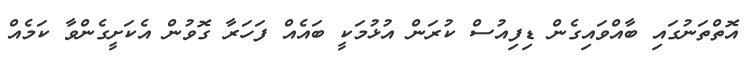
އޮތްތަނުގައި ބާއްވައިގެން ޑިފިއުސް ކުރަން އުޅުމަކީ ބައެއް ފަހަރާ ގޮވުން އެކަށީގެންވާ ކަމެއް